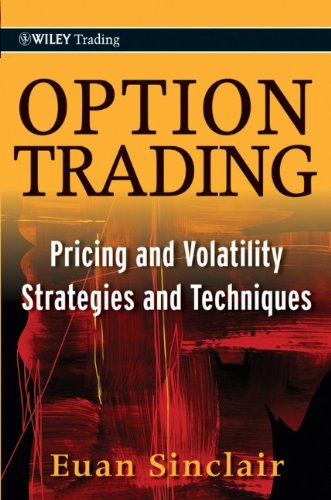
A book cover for Option Trading: Pricing and Volatility Strategies and Techniques; Euan Sinclair; Business & Money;